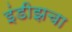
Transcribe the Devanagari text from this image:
इंडीझचा